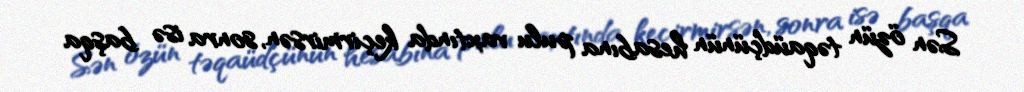
Sən özün təqaüdçünün hesabına pulu vaxtında keçirmirsən, sonra isə başqa